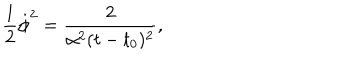
{ \frac { 1 } { 2 } \dot { \phi } ^ { 2 } = \frac { 2 } { \alpha ^ { 2 } ( t - t _ { 0 } ) ^ { 2 } } , }